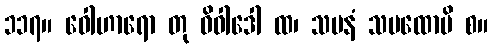
၁၁၇။ ဝေါဟာရော တု ဝိဝါဒေါ ထ၊ သပနံ သပထောပိ စ။